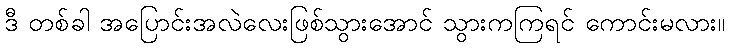
ဒီ တစ်ခါ အပြောင်းအလဲလေးဖြစ်သွားအောင် သွားကကြရင် ကောင်းမလား။